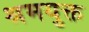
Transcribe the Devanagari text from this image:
श्रमयुक्त